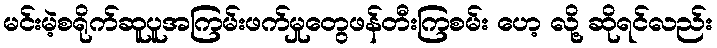
မင်းမဲ့စရိုက်ဆူပူအကြမ်းဖက်မှုတွေဖန်တီးကြစမ်း ဟေ့ လို့ ဆိုရင်လည်း